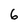
Character: 6